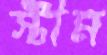
স্টীম